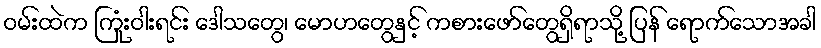
ဝမ်းထဲက ကြုံးဝါးရင်း ဒေါသတွေ၊ မောဟတွေနှင့် ကစားဖော်တွေရှိရာသို့ ပြန် ရောက်သောအခါ